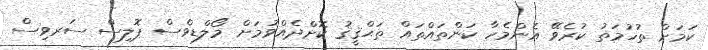
ކަމަށް ތުހުމަތު ކުރެވޭ އެންމެހާ ކަންތައްތައް ތަޙްޤީޤު ކޮށްދެއްވުމަށް މޯލްޑިވްސް ޕޮލިސް ސަރވިސް